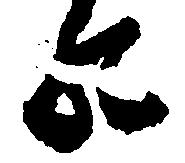
の